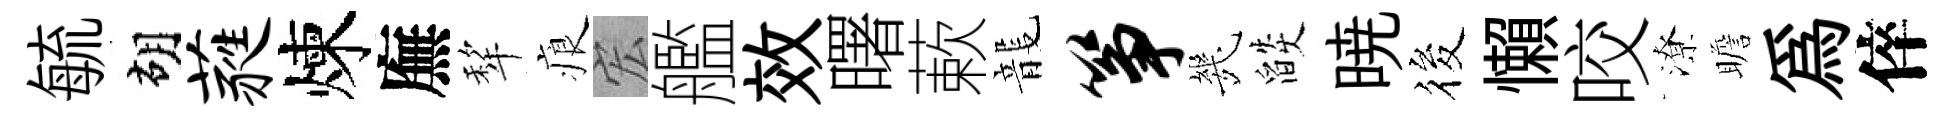
毓胡蕤煉廡犂痕宏艦效曙蔌龍筝㡬燄暁筱懶咬潦瞻為倅